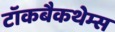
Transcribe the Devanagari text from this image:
टॉकबैकथेम्स